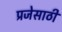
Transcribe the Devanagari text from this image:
प्रजेसाठी